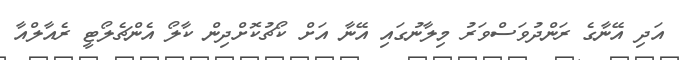
އަދި އޭނާގެ ރަންދުވަސްވަރު މިލާނުގައި އޭނާ އަށް ކޯޗުކޮށްދިން ކާލޯ އެންޗެލޯޓީ ރެއާލްއާ